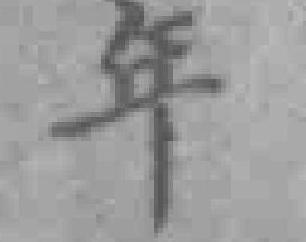
年